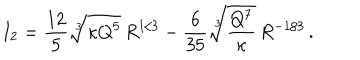
I _ { 2 } = \frac { 1 2 } { 5 } \sqrt [ [object Object] ] ] { \kappa Q ^ { 5 } } \, R ^ { 1 / 3 } - \frac { 6 } { 3 5 } \sqrt [ [object Object] ] ] { \frac { Q ^ { 7 } } { \kappa } } \, R ^ { - 1 / 3 } \, .